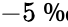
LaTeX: -5\mathrm{~\textperthousand~}